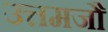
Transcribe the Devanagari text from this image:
उत्तमजौ